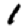
Digit: 1